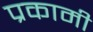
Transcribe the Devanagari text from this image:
प्रकामी